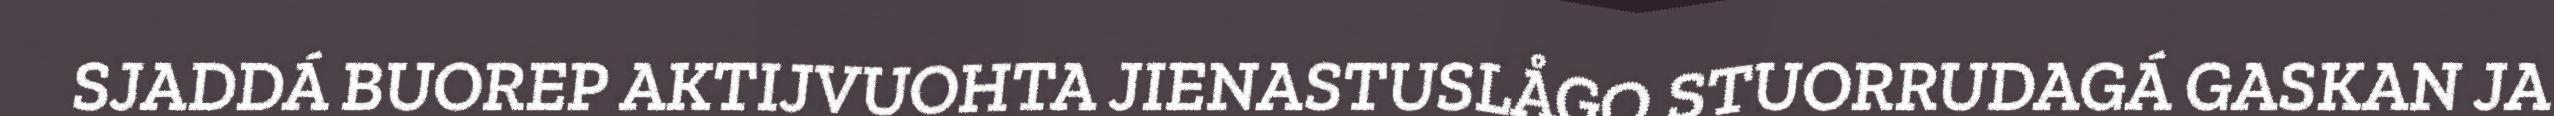
SJADDÁ BUOREP AKTIJVUOHTA JIENASTUSLÅGO STUORRUDAGÁ GASKAN JA